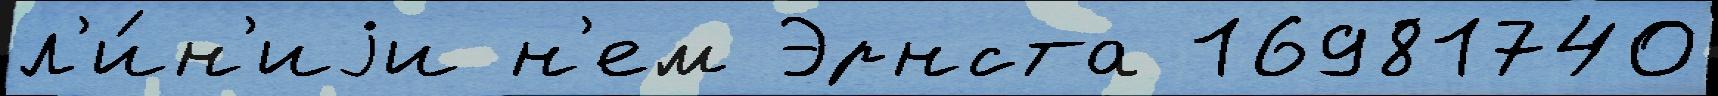
л'и́н'иjи н'ем Эрнста 16981740